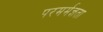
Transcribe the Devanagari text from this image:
परमर्मज्ञता